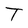
Character: T